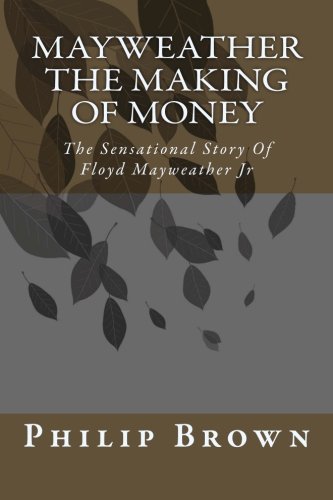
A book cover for Mayweather The Making Of Money: Sensational Story Of Floyd Mayweather; Philip Brown; Sports & Outdoors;